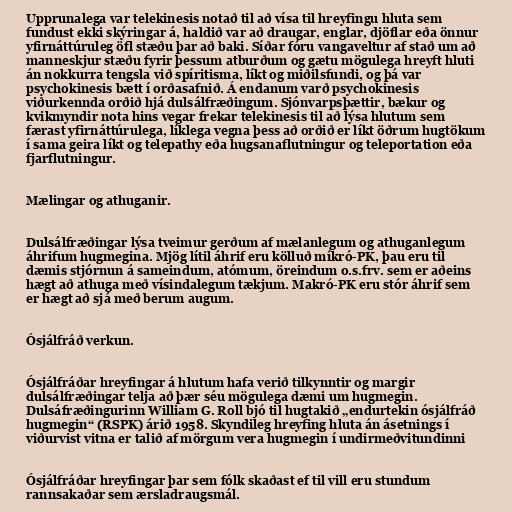
Upprunalega var telekinesis notað til að vísa til hreyfingu hluta sem
fundust ekki skýringar á, haldið var að draugar, englar, djöflar eða önnur
yfirnáttúruleg öfl stæðu þar að baki. Síðar fóru vangaveltur af stað um að
manneskjur stæðu fyrir þessum atburðum og gætu mögulega hreyft hluti
án nokkurra tengsla við spíritisma, líkt og miðilsfundi, og þá var
psychokinesis bætt í orðasafnið. Á endanum varð psychokinesis
viðurkennda orðið hjá dulsálfræðingum. Sjónvarpsþættir, bækur og
kvikmyndir nota hins vegar frekar telekinesis til að lýsa hlutum sem
færast yfirnáttúrulega, líklega vegna þess að orðið er líkt öðrum hugtökum
í sama geira líkt og telepathy eða hugsanaflutningur og teleportation eða
fjarflutningur.

Mælingar og athuganir.

Dulsálfræðingar lýsa tveimur gerðum af mælanlegum og athuganlegum
áhrifum hugmegina. Mjög lítil áhrif eru kölluð míkró-PK, þau eru til
dæmis stjórnun á sameindum, atómum, öreindum o.s.frv. sem er aðeins
hægt að athuga með vísindalegum tækjum. Makró-PK eru stór áhrif sem
er hægt að sjá með berum augum.

Ósjálfráð verkun.

Ósjálfráðar hreyfingar á hlutum hafa verið tilkynntir og margir
dulsálfræðingar telja að þær séu mögulega dæmi um hugmegin.
Dulsáfræðingurinn William G. Roll bjó til hugtakið „endurtekin ósjálfráð
hugmegin“ (RSPK) árið 1958. Skyndileg hreyfing hluta án ásetnings í
viðurvist vitna er talið af mörgum vera hugmegin í undirmeðvitundinni

Ósjálfráðar hreyfingar þar sem fólk skaðast ef til vill eru stundum
rannsakaðar sem ærsladraugsmál.